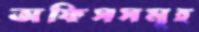
অফিসসমূহ